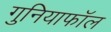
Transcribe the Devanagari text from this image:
गुनियाफॉल